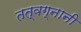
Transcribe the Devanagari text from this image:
तत्वग्नानी